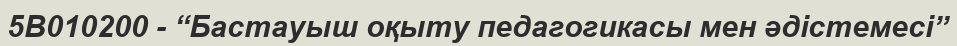
5В010200 - “Бастауыш оқыту педагогикасы мен әдістемесі”